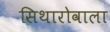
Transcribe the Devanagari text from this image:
सिथारोवाला